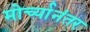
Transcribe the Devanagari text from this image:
मोर्च्यानंतर